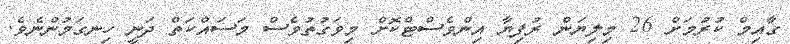
ގާއިމް ކުރުމަށް 26 މިލިޔަން ރުފިޔާ އިންވެސްޓްކޮށް މިވަގުތުވެސް މަސައްކަތް ދަނީ ހިނގަމުންނެވެ.